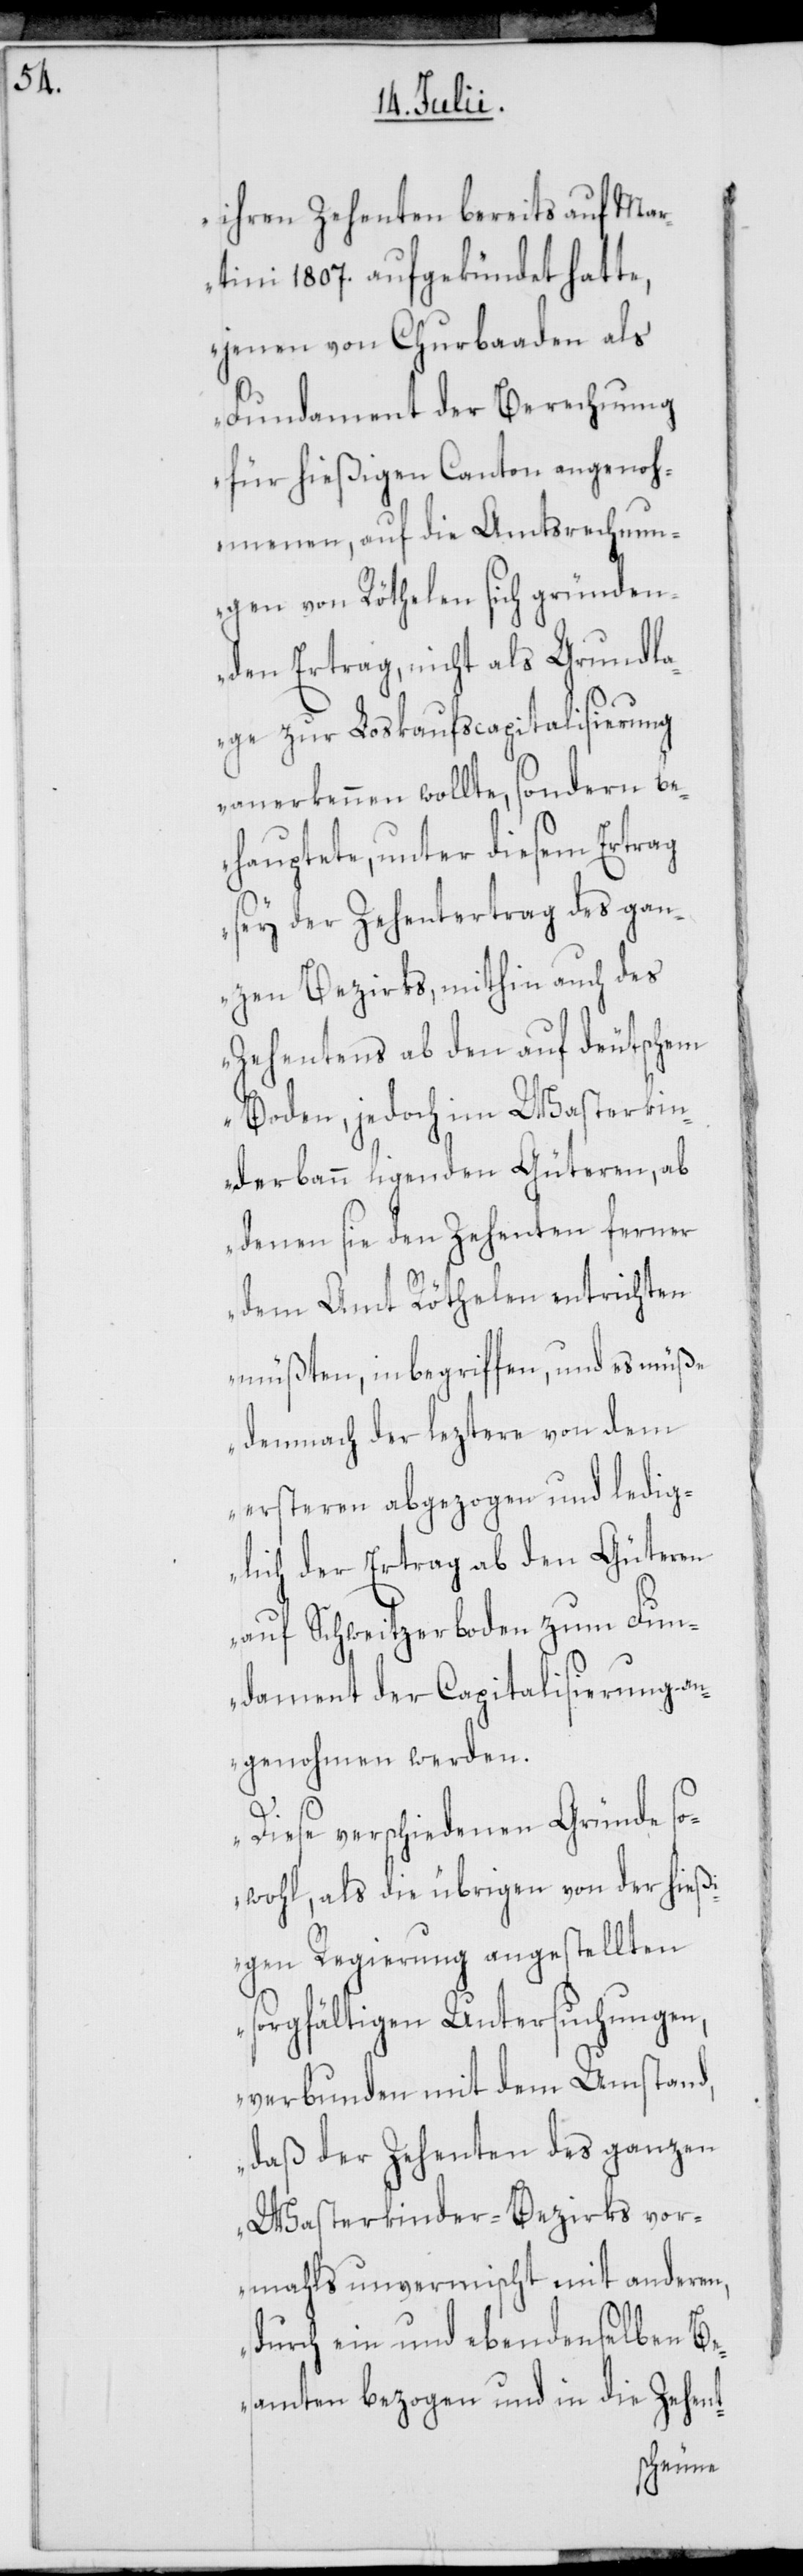
ihren Zehenten bereits auf Ma¬
rtini 1807. aufgekündet hatte,
jenen von Churbaaden als
Fundament der Berechnung
für hießigen Canton angenoh¬
menen, auf die Amtsrechnun¬
gen von Röthelen sich gründen¬
den Ertrag, nicht als Grundl¬
age zur Loskaufscapitalisierung
anerkennen wollte, sondern be¬
hauptete, unter diesem Ertrag
sey der Zehentertrag des gan¬
zen Bezirks, mithin auch des
Zehentens ab den auf deutschem
Boden, jedoch im Wasterkin¬
derbann ligenden Güteren, ab
denen sie den Zehenten ferner
dem Amt Röthelen entrichten
müßten, inbegriffen, und es müße
demnach der leztere von dem
ersteren abgezogen und ledig¬
lich der Ertrag ab den Güteren
auf Schweitzerboden zum Fun¬
dament der Capitalisierung an¬
genohmen werden.
Diese verschiedenen Gründe so¬
wohl, als die übrigen von der hießi¬
gen Regierung angestellten
sorgfältigen Untersuchungen,
verbunden mit dem Umstand,
daß der Zehenten des ganzen
Wasterkinder-Bezirks vor¬
mahls unvermischt mit anderen,
durch ein und ebendenselben Be¬
amten bezogen und in die Zehent-